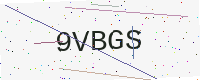
Text: 9VBGS